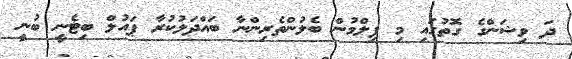
ދަ ވިޝަންގެ ގޮތުގައި މި ފިލްމުން ބެލުންތެރިންނާ ބައްދަލުކުރާ ޕައުލް ބިޓެނީ ބުނީ